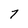
Character: 7